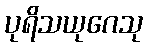
ပုရိသယုဂေသု